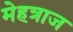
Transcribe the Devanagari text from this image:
मेहत्राज